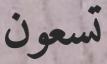
تسعون